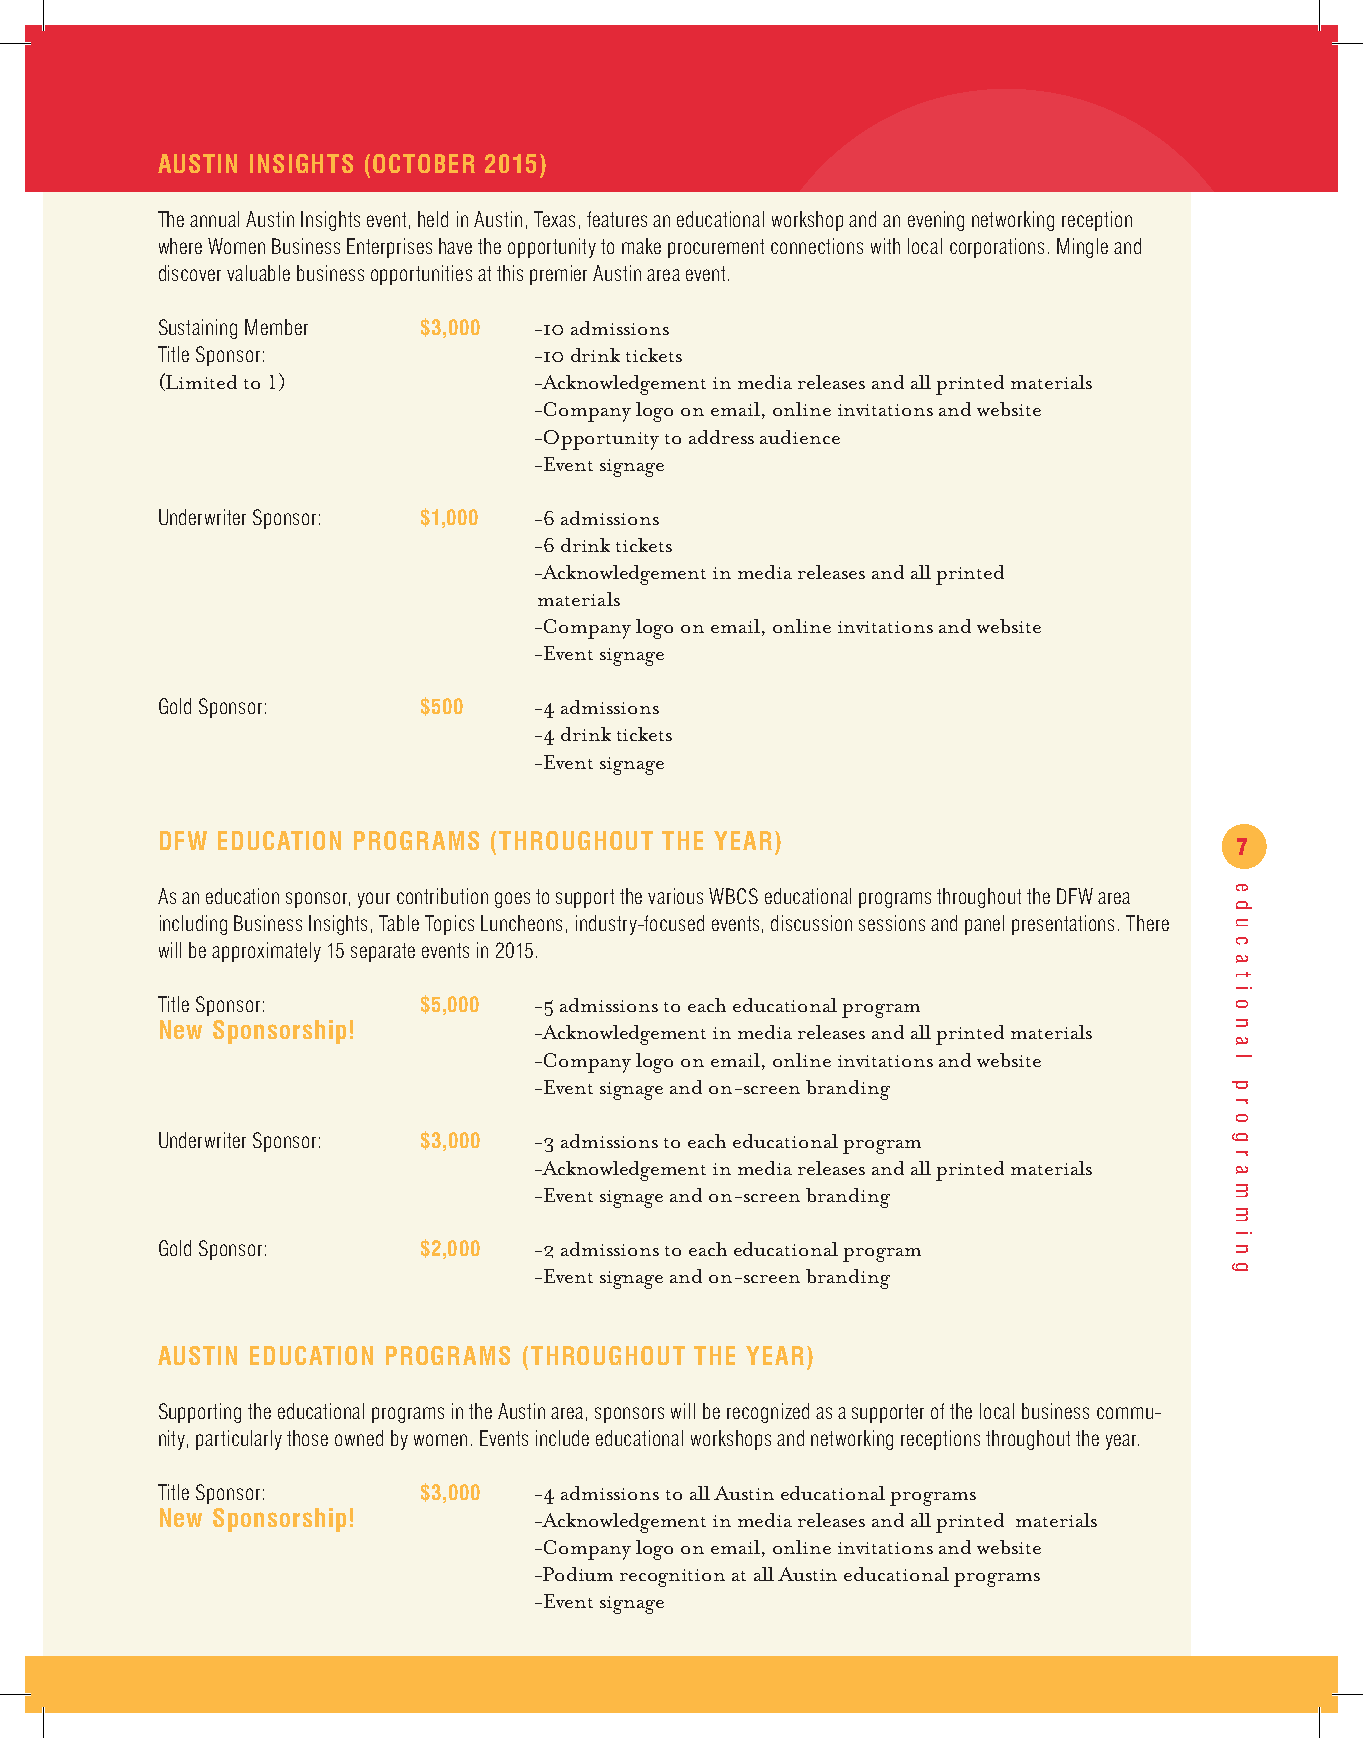
AUSTIN INSIGHTS (OCTOBER 2015)
 The annual Austin Insights event, held in Austin, Texas, features an educational workshop and an evening networking reception
 where Women Business Enterprises have the opportunity to make procurement connections with local corporations. Mingle and
 discover valuable business opportunities at this premier Austin area event.
 Sustaining Member $3,000 -10 admissions
 Title Sponsor:           -10 drink tickets
 (Limited to 1)           -Acknowledgement in media releases and all printed materials
 -Company logo on email, online invitations and website
 -Opportunity to address audience
 -Event signage
 Underwriter Sponsor: $1,000 -6 admissions
 -6 drink tickets
 -Acknowledgement in media releases and all printed
 materials
 -Company logo on email, online invitations and website
 -Event signage
 Gold Sponsor:     $500   -4 admissions
 -4 drink tickets
 -Event signage
 DFW EDUCATION PROGRAMS (THROUGHOUT THE YEAR)
 7
 As an education sponsor, your contribution goes to support the various WBCS educational programs throughout the DFW area
 including Business Insights, Table Topics Luncheons, industry-focused events, discussion sessions and panel presentations. There
 will be approximately 15 separate events in 2015.
 Title Sponsor:    $5,000 -5 admissions to each educational program
 New Sponsorship!         -Acknowledgement in media releases and all printed materials
 -Company logo on email, online invitations and website
 -Event signage and on-screen branding
 Underwriter Sponsor: $3,000 -3 admissions to each educational program
 -Acknowledgement in media releases and all printed materials
 -Event signage and on-screen branding
 Gold Sponsor:     $2,000 -2 admissions to each educational program
 -Event signage and on-screen branding
 AUSTIN EDUCATION PROGRAMS (THROUGHOUT THE YEAR)
 Supporting the educational programs in the Austin area, sponsors will be recognized as a supporter of the local business commu-
 nity, particularly those owned by women. Events include educational workshops and networking receptions throughout the year.
 Title Sponsor:    $3,000 -4 admissions to all Austin educational programs
 New Sponsorship!         -Acknowledgement in media releases and all printed materials
 -Company logo on email, online invitations and website
 -Podium recognition at all Austin educational programs
 -Event signage
 e
 d
 u
 c
 a
 t
 i
 o
 n
 a
 l
 p
 r
 o
 g
 r
 a
 m
 m
 i
 n
 g